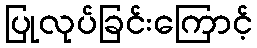
ပြုလုပ်ခြင်းကြောင့်